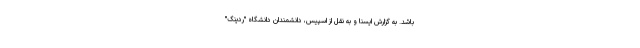
باشد. به گزارش ایسنا و به نقل از اسپیس، دانشمندان دانشگاه "ردینگ"